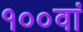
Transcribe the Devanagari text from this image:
१००वां